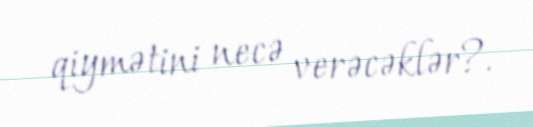
qiymətini necə verəcəklər?.